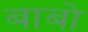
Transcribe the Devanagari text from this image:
बाबो